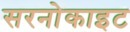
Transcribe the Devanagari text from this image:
सरनोकाइट